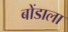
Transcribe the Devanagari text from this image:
बोंडाला